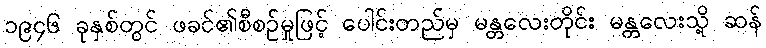
၁၉၄၆ ခုနှစ်တွင် ဖခင်၏စီစဉ်မှုဖြင့် ပေါင်းတည်မှ မန္တလေးတိုင်း မန္တလေးသို့ ဆန်